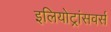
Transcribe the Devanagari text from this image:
इलियोट्रांसवर्स